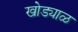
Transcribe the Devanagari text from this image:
खोड्याळ